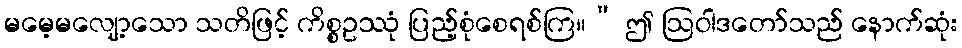
မမေ့မလျော့သော သတိဖြင့် ကိစ္စဥဿုံ ပြည့်စုံစေရစ်ကြ။” ဤ ဩဝါဒတော်သည် နောက်ဆုံး